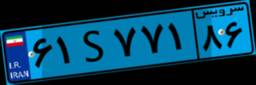
۲۰S۷۲۵۵۱